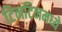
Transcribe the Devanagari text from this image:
टिनटिनमध्ये